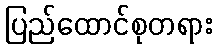
ပြည်ထောင်စုတရား